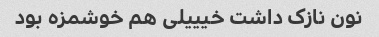
نون نازک داشت خیییلی هم خوشمزه بود